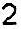
2